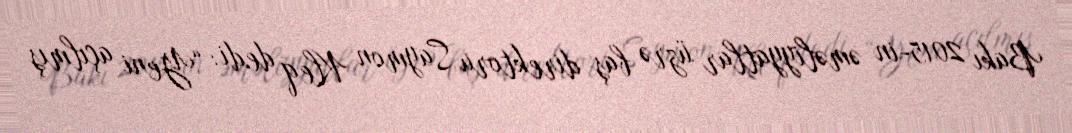
Bakı 2015-in əməliyyatlar üzrə baş direktoru Saymon Kleq dedi: “Yeni açılmış